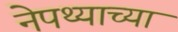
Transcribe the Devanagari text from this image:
नेपथ्याच्या